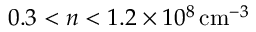
0 . 3 < n < 1 . 2 \times 1 0 ^ { 8 } \, \mathrm { c m } ^ { - 3 }